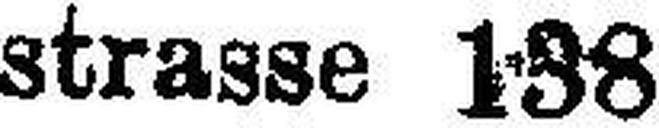
strasse 138